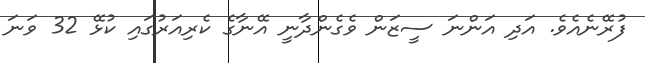
ފުރޭނެއެވެ. އަދި އަންނަ ސީޒަން ވެގެންދާނީ އޭނާގެ ކެރިއަރުގައި ކުޅޭ 32 ވަނަ